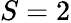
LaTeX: S=2